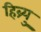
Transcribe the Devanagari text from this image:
हिब्र्यु